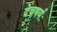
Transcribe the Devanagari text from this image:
देवषर्यः